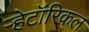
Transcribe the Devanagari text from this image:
ऱ्हेटॉरिकल